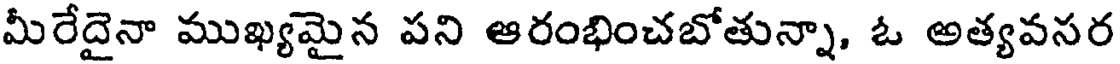
మీరేదైనా ముఖ్యమైన పని ఆరంభించబోతున్నా, ఓ అత్యవనర